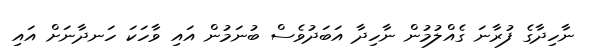
ނާހިދާގެ ފުރާނަ ގެއްލުމުން ނާހިދާ އަބަދުވެސް ބުނަމުން އައި ވާހަކަ ހަނދާނަށް އައި